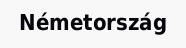
Németország